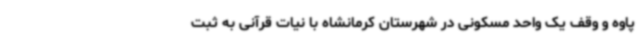
پاوه و وقف یک واحد مسکونی در شهرستان کرمانشاه با نیات قرآنی به ثبت